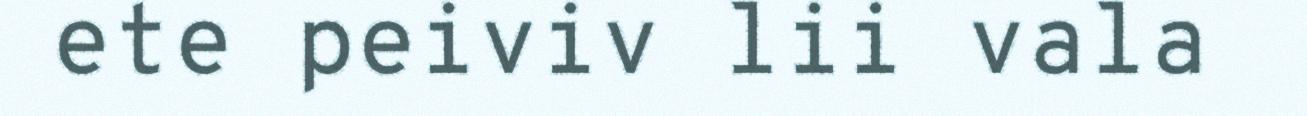
ete peiviv lii vala